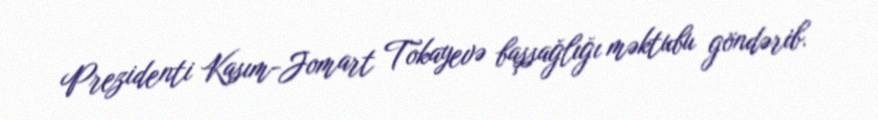
Prezidenti Kasım-Jomart Tokayevə başsağlığı məktubu göndərib.